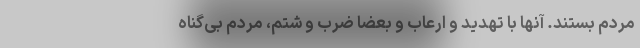
مردم بستند. آنها با تهدید و ارعاب و بعضاً ضرب و شتم، مردم بی‌گناه